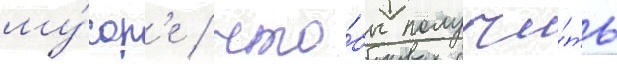
му́сор'е / что́бы получи́ть